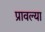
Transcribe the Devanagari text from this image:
प्रावल्या